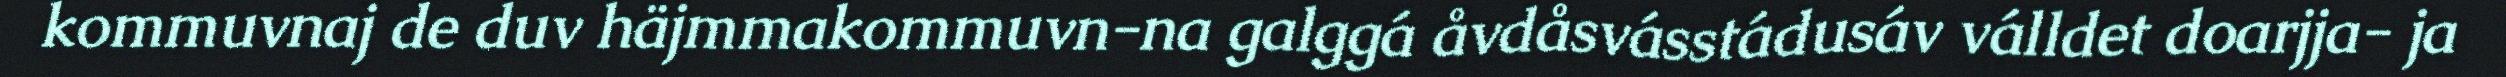
kommuvnaj de duv häjmmakommuvn-na galggá åvdåsvásstádusáv válldet doarjja- ja